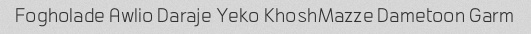
Fogholade Awlio Daraje Yeko KhoshMazze Dametoon Garm